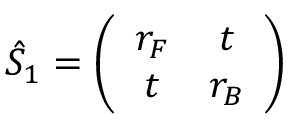
\hat { S } _ { 1 } = \left( \begin{array} { c c } { r _ { F } } & { t } \\ { t } & { r _ { B } } \end{array} \right)